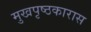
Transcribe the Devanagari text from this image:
मुखपृष्ठकारास